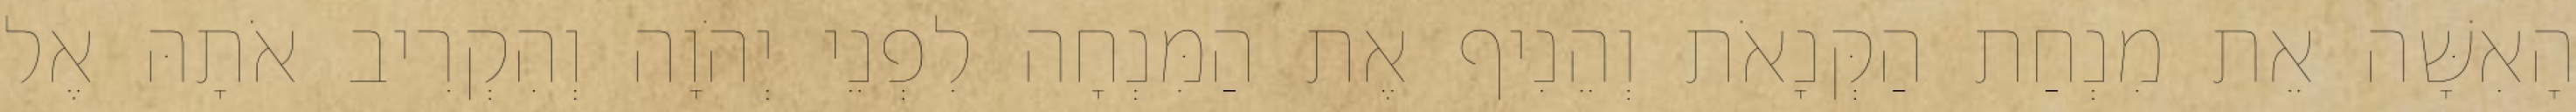
הָאִשָּׁה אֵת מִנְחַת הַקְּנָאֹת וְהֵנִיף אֶת הַמִּנְחָה לִפְנֵי יְהֹוָה וְהִקְרִיב אֹתָהּ אֶל